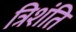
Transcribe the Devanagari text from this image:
त्रिशंति